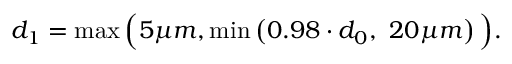
d _ { 1 } = \operatorname* { m a x } \Big ( 5 \mu m , \operatorname* { m i n } \left( 0 . 9 8 \cdot d _ { 0 } , \ 2 0 \mu m \right) \Big ) .